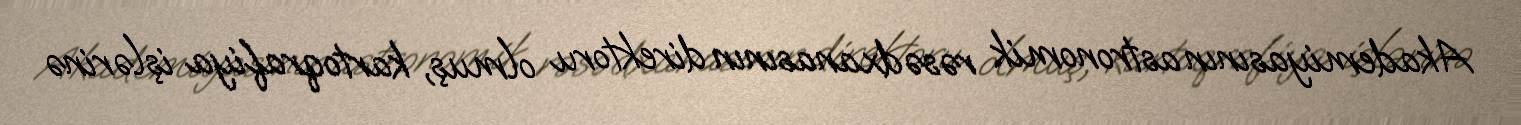
Akademiyasının astronomik rəsədxanasının direktoru olmuş, kartoqrafiya işlərinə